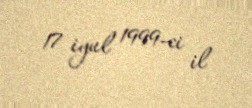
17 iyul 1999-ci il